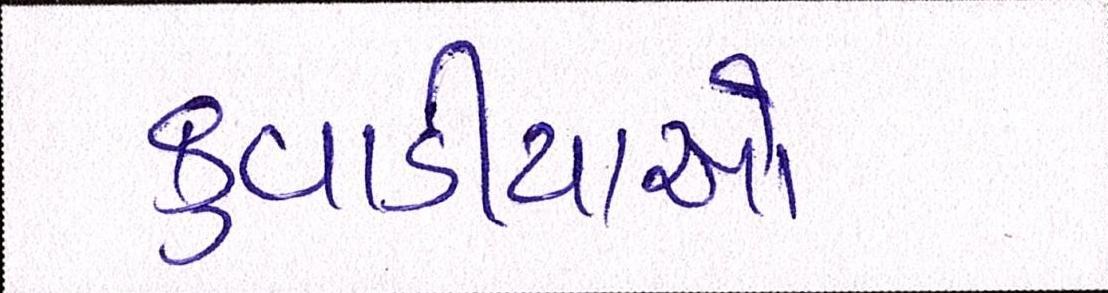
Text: કુવાડીયાઓ